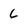
Character: 6